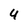
Character: 4